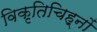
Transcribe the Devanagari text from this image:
विकृतिचिह्नों